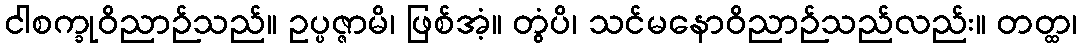
ငါစက္ခုဝိညာဉ်သည်။ ဥပ္ပဇ္ဇာမိ၊ ဖြစ်အံ့။ တွံပိ၊ သင်မနောဝိညာဉ်သည်လည်း။ တတ္ထ၊